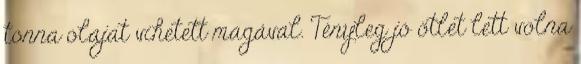
tonna olajat vihetett magával. Tényleg jó ötlet lett volna